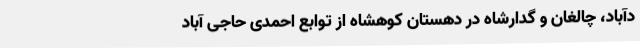
دآباد، چالغان و گدارشاه در دهستان کوهشاه از توابع احمدی حاجی آباد